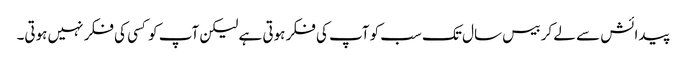
پیدائش سے لے کر بیس سال تک سب کو آپ کی فکر ہوتی ہے لیکن آپ کو کسی کی فکر نہیں ہوتی۔